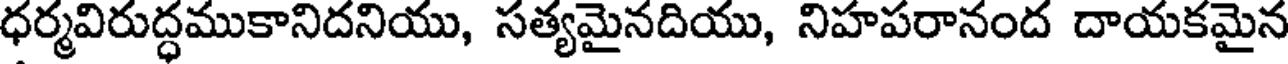
ధర్మవిరుద్ధముకానిదనియు, సత్యమైనదియు, నిహపరానంద దాయకమైన